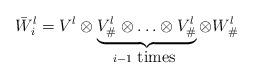
LaTeX: \begin{align*}\bar W_i^l=V^l\otimes \underbrace{V^l_\#\otimes\ldots\otimes V^l_\#}_{i-1\mbox{ times }}\otimes W^l_\#\end{align*}